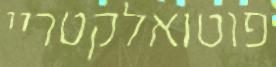
פוטואלקטריי